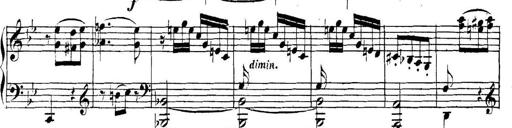
Title: Collected Piano Sonatas
Composer: Muzio Clementi